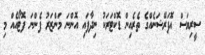
ސީރިޔަސް އޮޕަރޭޝަނެއްގެ ތެރެއިން ޑޮކްޓަރަކު ނިދާފައި އޮންނަ މަންޒަރު ފެންނަ ފޮޓޯއެއް މި